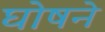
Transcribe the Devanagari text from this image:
घोषने